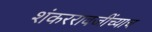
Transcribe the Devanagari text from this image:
शंकररावजींच्याच